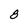
Character: 8